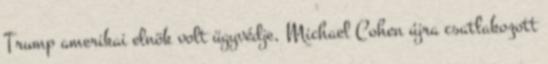
Trump amerikai elnök volt ügyvédje, Michael Cohen újra csatlakozott